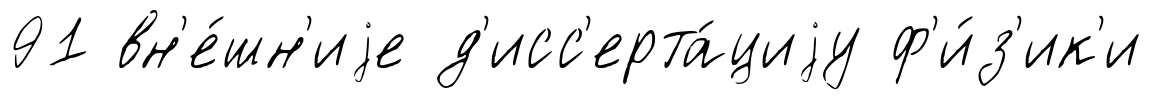
91 вн'е́шн'иjе д'исс'ерта́циjу ф'и́з'ик'и